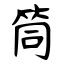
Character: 筒